Civil Veterinary Dept. North-West Frontier Province 1923-32 - 1923-1932
Year: 1923
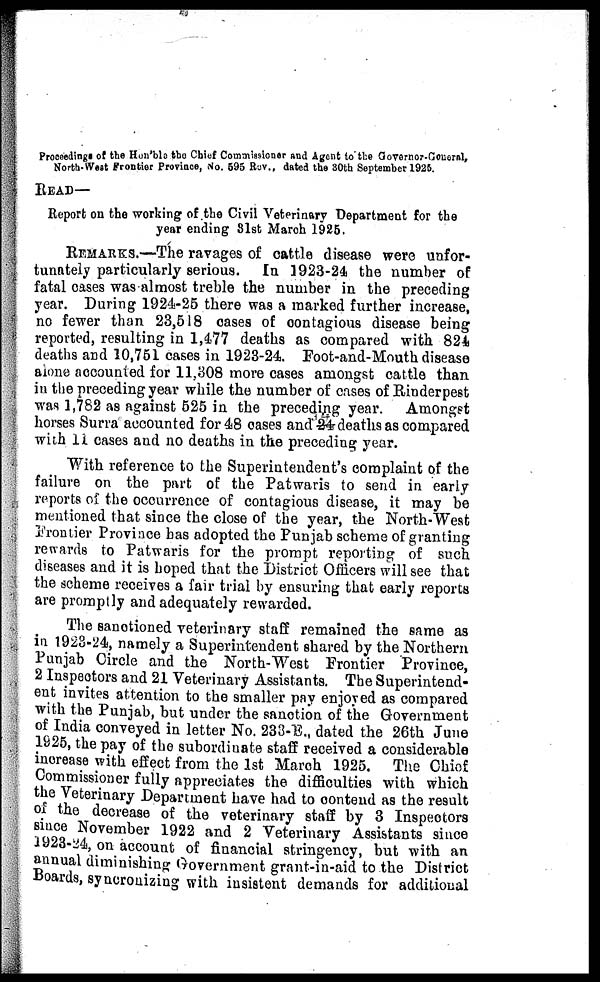
Proceedings of the Hon'ble the Chief Commissioner and Agent to the Governor-General,
North-West Frontier Province, No. 595 Rev., dated the 30th September 1925.
READ—
Report on the working of the Civil Veterinary Department for the
year ending 31st March 1925.
REMARKS.—The ravages of cattle disease were unfor-
tunately particularly serious. In 1923-24 the number of
fatal cases was almost treble the number in the preceding
year. During 1924-25 there was a marked further increase,
no fewer than 23,518 cases of contagious disease being
reported, resulting in 1,477 deaths as compared with 824
deaths and 10,751 cases in 1923-24. Foot-and-Mouth disease
alone accounted for 11,308 more cases amongst cattle than
in the preceding year while the number of cases of Rinderpest
was 1,782 as against 525 in the preceding year. Amongst
horses Surra accounted for 48 cases and 24 deaths as compared
with 11 cases and no deaths in the preceding year.
With reference to the Superintendent's complaint of the
failure on the part of the Patwaris to send in early
reports of the occurrence of contagious disease, it may be
mentioned that since the close of the year, the North-West
Frontier Province has adopted the Punjab scheme of granting
rewards to Patwaris for the prompt reporting of such
diseases and it is hoped that the District Officers will see that
the scheme receives a fair trial by ensuring that early reports
are promptly and adequately rewarded.
The sanctioned veterinary staff remained the same as
in. 1923-24, namely a Superintendent shared by the Northern
Punjab Circle and the North-West Frontier Province,
2 Inspectors and 21 Veterinary Assistants. The Superintend-
ent invites attention to the smaller pay enjoyed as compared
with the Punjab, but under the sanction of the Government
of India conveyed in letter No. 233-E., dated the 26th June
1925, the pay of the subordinate staff received a considerable
increase with effect from the 1st March 1925. The Chief
Commissioner fully appreciates the difficulties with which
the Veterinary Department have had to contend as the result
of the decrease of the veterinary staff by 3 Inspectors
since November 1922 and 2 Veterinary Assistants since
1923-24, on account of financial stringency, but with an
annual diminishing Government grant-in-aid to the District
Boards, syncronizing with insistent demands for additional